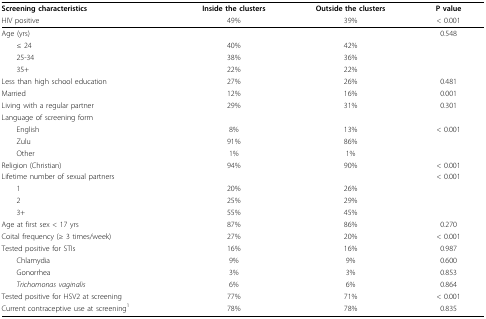
<table><thead><tr><td><b>Screening characteristics</b></td><td><b>Inside the clusters</b></td><td><b>Outside the clusters</b></td><td><b>P value</b></td></tr></thead><tbody><tr><td>HIV positive</td><td>49%</td><td>39%</td><td>&lt; 0.001</td></tr><tr><td>Age (yrs)</td><td></td><td></td><td>0.548</td></tr><tr><td> ≤ 24</td><td>40%</td><td>42%</td><td></td></tr><tr><td> 25-34</td><td>38%</td><td>36%</td><td></td></tr><tr><td> 35+</td><td>22%</td><td>22%</td><td></td></tr><tr><td>Less than high school education</td><td>27%</td><td>26%</td><td>0.481</td></tr><tr><td>Married</td><td>12%</td><td>16%</td><td>0.001</td></tr><tr><td>Living with a regular partner</td><td>29%</td><td>31%</td><td>0.301</td></tr><tr><td>Language of screening form</td><td></td><td></td><td></td></tr><tr><td> English</td><td>8%</td><td>13%</td><td>&lt; 0.001</td></tr><tr><td> Zulu</td><td>91%</td><td>86%</td><td></td></tr><tr><td> Other</td><td>1%</td><td>1%</td><td></td></tr><tr><td>Religion (Christian)</td><td>94%</td><td>90%</td><td>&lt; 0.001</td></tr><tr><td>Lifetime number of sexual partners</td><td></td><td></td><td>&lt; 0.001</td></tr><tr><td> 1</td><td>20%</td><td>26%</td><td></td></tr><tr><td> 2</td><td>25%</td><td>29%</td><td></td></tr><tr><td> 3+</td><td>55%</td><td>45%</td><td></td></tr><tr><td>Age at first sex &lt; 17 yrs</td><td>87%</td><td>86%</td><td>0.270</td></tr><tr><td>Coital frequency (≥ 3 times/week)</td><td>27%</td><td>20%</td><td>&lt; 0.001</td></tr><tr><td>Tested positive for STIs</td><td>16%</td><td>16%</td><td>0.987</td></tr><tr><td> Chlamydia</td><td>9%</td><td>9%</td><td>0.600</td></tr><tr><td> Gonorrhea</td><td>3%</td><td>3%</td><td>0.853</td></tr><tr><td> <i>Trichomonas vaginalis</i></td><td>6%</td><td>6%</td><td>0.864</td></tr><tr><td>Tested positive for HSV2 at screening</td><td>77%</td><td>71%</td><td>&lt; 0.001</td></tr><tr><td>Current contraceptive use at screening<sup>1</sup></td><td>78%</td><td>78%</td><td>0.835</td></tr></tbody></table>